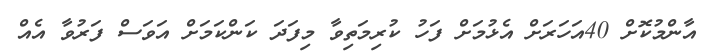
އާންމުކޮށް 40އަހަރަށް އެޅުމަށް ފަހު ކުރިމަތިވާ މިފަދަ ކަންކަމަށް އަވަސް ފަރުވާ އެއް